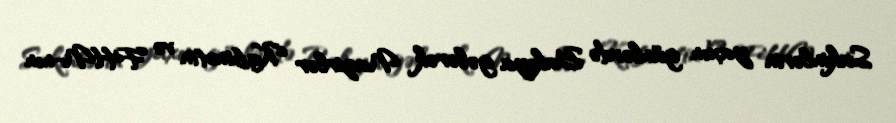
Sakinlərin yaxın günlərdə Bakıya gələrək Nazirlər Kabinetin və FHN-nın